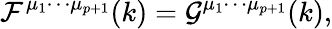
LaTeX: {\cal F}^{{\mu}_{1}{\cdots}{\mu}_{p+1}}(k)={\cal G}^{{\mu}_{1}{\cdots}{\mu}_{p+1}}(k),